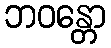
ဘဝန္တော